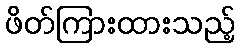
ဖိတ်ကြားထားသည့်